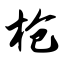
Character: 枪